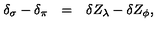
\begin{array} { r c l } { \delta _ { \sigma } - \delta _ { \pi } } & { = } & { \delta Z _ { \lambda } - \delta Z _ { \phi } , } \\ \end{array}